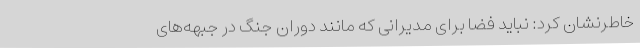
خاطرنشان کرد: نباید فضا برای مدیرانی که مانند دوران جنگ در جبهه‌های